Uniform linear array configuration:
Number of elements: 16
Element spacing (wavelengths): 0.5
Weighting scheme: hamming
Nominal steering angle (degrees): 60
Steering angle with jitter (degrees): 59.452
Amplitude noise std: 0.05
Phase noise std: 0.05

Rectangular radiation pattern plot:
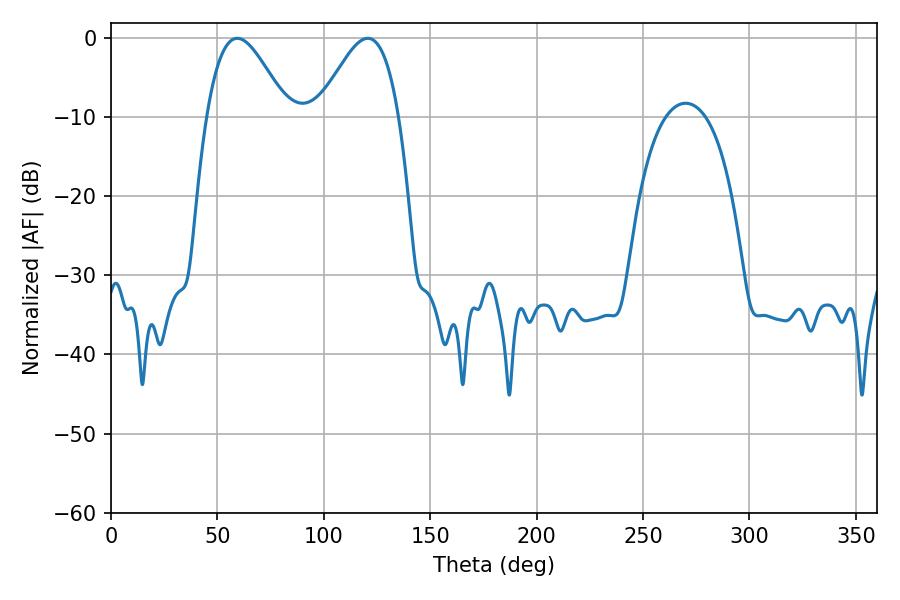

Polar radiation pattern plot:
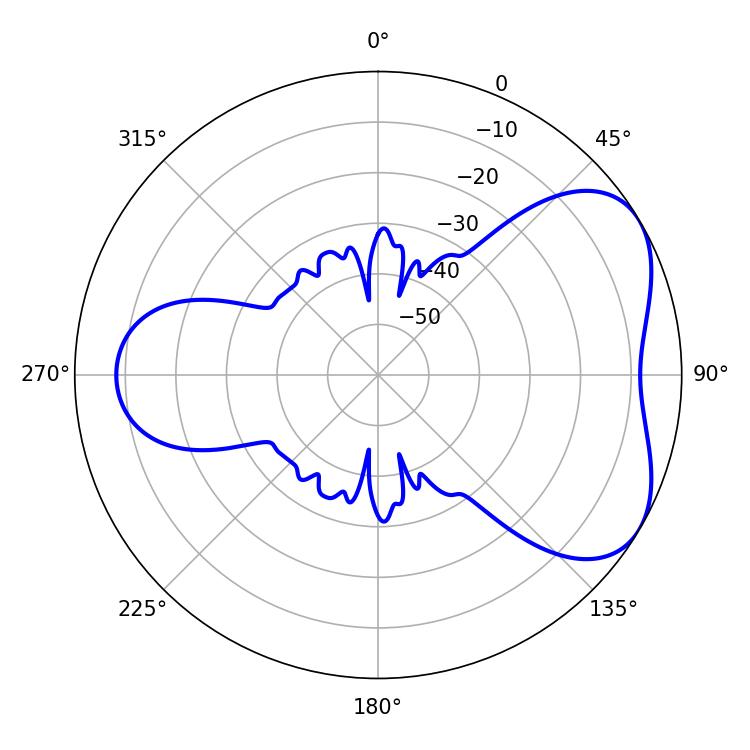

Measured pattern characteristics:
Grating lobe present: FALSE
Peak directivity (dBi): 4.934
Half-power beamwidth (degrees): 20.34
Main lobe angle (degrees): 59.4